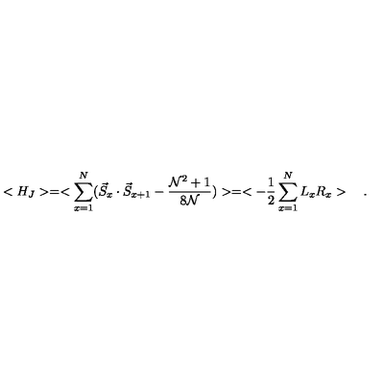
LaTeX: < H _ { J } > = < \sum _ { x = 1 } ^ { N } ( \vec { S } _ { x } \cdot \vec { S } _ { x + 1 } - \frac { { \cal N } ^ { 2 } + 1 } { 8 \cal N } ) > = < - \frac { 1 } { 2 } \sum _ { x = 1 } ^ { N } L _ { x } R _ { x } > \quad .